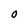
Character: O